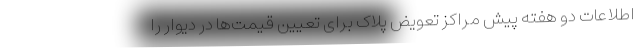
اطلاعات دو هفته پیش مراکز تعویض پلاک برای تعیین قیمت‌ها در دیوار را